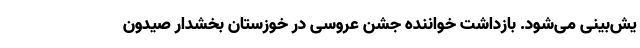
یش‌بینی می‌شود. بازداشت خواننده جشن عروسی در خوزستان بخشدار صیدون